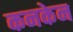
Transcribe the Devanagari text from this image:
कनकेन